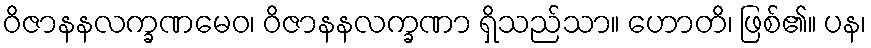
ဝိဇာနနလက္ခဏမေဝ၊ ဝိဇာနနလက္ခဏာ ရှိသည်သာ။ ဟောတိ၊ ဖြစ်၏။ ပန၊